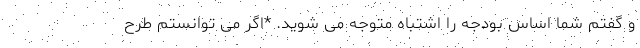
و گفتم شما اساس بودجه را اشتباه متوجه می شوید. *اگر می توانستم طرح